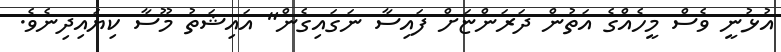
އުޅުނީ ވެސް މީހެއްގެ އަތުން ދަރަންޏަށް ފައިސާ ނަގައިގެން" އައިޝަތު މޫސާ ކިޔައިދިނެވެ.